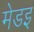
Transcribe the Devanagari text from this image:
मेडइ